Report of the Indian Hemp Drugs Commission, 1894-1895 - Volume IV
Year: 1894
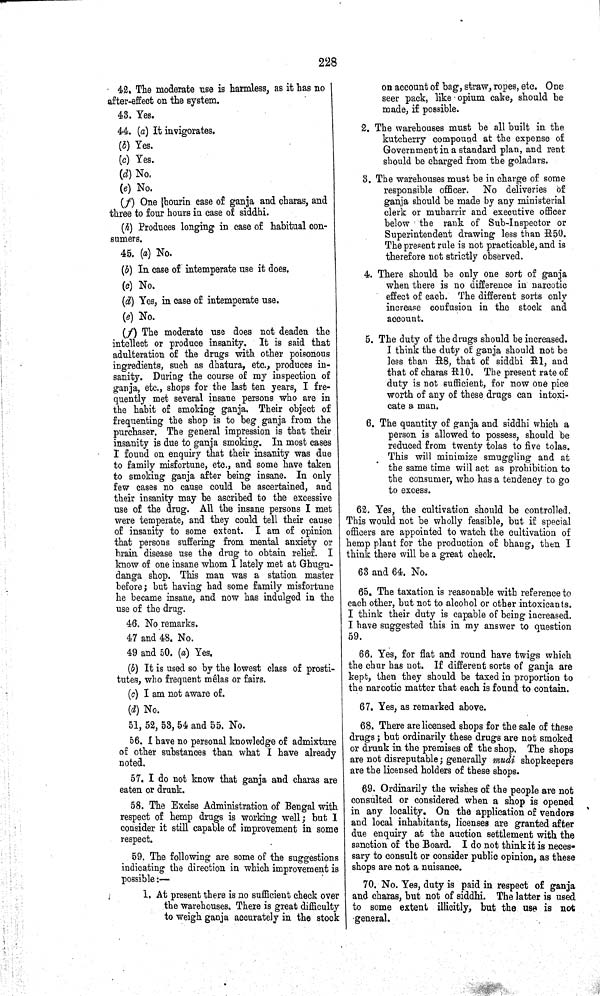
228
42. The moderate use is harmless, as it has no
after-effect on the system.
43. Yes.
44. (a) It invigorates.
(b) Yes.
(c) Yes.
(d) No.
(e) No.
(f) One hourin case of ganja and charas, and
three to four hours in case of siddhi.
(h) Produces longing in case of habitual con-
sumers.
45. (a) No.
(b) In case of intemperate use it does.
(c) No.
(d) Yes, in case of intemperate use.
(e) No.
(f) The moderate use does not deaden the
intellect or produce insanity. It is said that
adulteration of the drugs with other poisonous
ingredients, such as dhatura, etc., produces in-
sanity. During the course of my inspection of
ganja, etc., shops for the last ten years, I fre-
quently met several insane persons who are in
the habit of smoking ganja. Their object of
frequenting the shop is to beg ganja from the
purchaser. The general impression is that their
insanity is due to ganja smoking. In most cases
I found on enquiry that their insanity was due
to family misfortune, etc., and some have taken
to smoking ganja after being insane. In only
few cases no cause could be ascertained, and
their insanity may be ascribed to the excessive
use of the drug. All the insane persons I met
were temperate, and they could tell their cause
of insanity to some extent. I am of opinion
that persons suffering from mental anxiety or
brain disease use the drug to obtain relief. I
know of one insane whom I lately met at Ghugu-
danga shop. This man was a station master
before; but having had some family misfortune
he became insane, and now has indulged in the
use of the drug.
46. No remarks.
47 and 48. No.
49 and 50. (a) Yes.
(b) It is used so by the lowest class of prosti-
tutes, who frequent mêlas or fairs.
(c) I am not aware of.
(d) No.
51, 52, 53, 54 and 55. No.
56. I have no personal knowledge of admixture
of other substances than what I have already
noted.
57. I do not know that ganja and charas are
eaten or drunk.
58. The Excise Administration of Bengal with
respect of hemp drugs is working well; but I
consider it still capable of improvement in some
respect.
59. The following are some of the suggestions
indicating the direction in which improvement is
possible:—
1. At present there is no sufficient check over
the warehouses. There is great difficulty
to weigh ganja accurately in the stock
on account of bag, straw, ropes, etc. One
seer pack, like opium cake, should be
made, if possible.
2. The warehouses must be all built in the
kutcherry compound at the expense of
Government in a standard plan, and rent
should be charged from the goladars.
3. The warehouses must be in charge of some
responsible officer. No deliveries of
ganja should be made by any ministerial
clerk or muharrir and executive officer
below the rank of Sub-Inspector or
Superintendent drawing less than R50.
The present rule is not practicable, and is
therefore not strictly observed.
4. There should be only one sort of ganja
when there is no difference in narcotic
effect of each. The different sorts only
increase confusion in the stock and
account.
5. The duty of the drugs should be increased.
I think the duty of ganja should not be
less than R8, that of siddhi R1, and
that of charas R10. The present rate of
duty is not sufficient, for now one pice
worth of any of these drugs can intoxi-
cate a man.
6. The quantity of ganja and siddhi which a
person is allowed to possess, should be
reduced from twenty tolas to five tolas.
This will minimize smuggling and at
the same time will act as prohibition to
the consumer, who has a tendency to go
to excess.
62. Yes, the cultivation should be controlled.
This would not be wholly feasible, but if special
officers are appointed to watch the cultivation of
hemp plant for the production of bhang, then I
think there will be a great check.
63 and 64. No.
65. The taxation is reasonable with reference to
each other, but not to alcohol or other intoxicants.
I think their duty is capable of being increased.
I have suggested this in my answer to question
59.
66. Yes, for flat and round have twigs which
the chur has not. If different sorts of ganja are
kept, then they should be taxed in proportion to
the narcotic matter that each is found to contain.
67. Yes, as remarked above.
68. There are licensed shops for the sale of these
drugs; but ordinarily these drugs are not smoked
or drunk in the premises of the shop. The shops
are not disreputable; generally mudi shopkeepers
are the licensed holders of these shops.
69. Ordinarily the wishes of the people are not
consulted or considered when a shop is opened
in any locality. On the application of vendors
and local inhabitants, licenses are granted after
due enquiry at the auction settlement with the
sanction of the Board. I do not think it is neces-
sary to consult or consider public opinion, as these
shops are not a nuisance.
70. No. Yes, duty is paid in respect of ganja
and charas, but not of siddhi. The latter is used
to some extent illicitly, but the use is not
general.